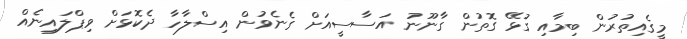
މީގެއިތުރުން ބިމާއި ގުޅޭ ގޮތުން ގާނޫނު އަސާސީއަށް ގެނެވުން އިސްލާހާ ދެކޮޅަށް ވިޕްލައިނެއް